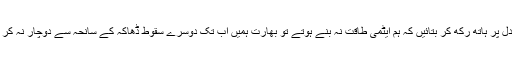
آپ اپنے دل پر ہاتھ رکھ کر بتائیں کہ ہم ایٹمی طاقت نہ بنے ہوتے تو بھارت ہمیں اب تک دوسرے سقوطِ ڈھاکہ کے سانحہ سے دوچار نہ کر چکا ہوتا؟